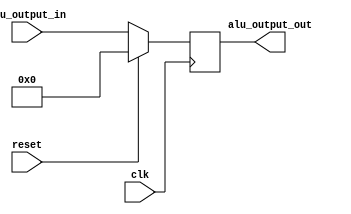
`timescale 1ns / 1ps
//////////////////////////////////////////////////////////////////////////////////
// Company: 
// Engineer: 
// 
// Design Name: 
// Module Name:    ceyloniac_alu_output 
// Project Name: 
// Target Devices: 
// Tool versions: 
// Description: 
//
// Dependencies: 
//
// Revision: 
// Revision 0.01 - File Created
// Additional Comments: 
//
//////////////////////////////////////////////////////////////////////////////////
module ceyloniac_alu_output
#(parameter ALU_DATA_WIDTH=32)
(
clk,
reset,
alu_output_in,
alu_output_out
);
	 
	 input clk;
	 input reset;
	 input [ALU_DATA_WIDTH-1:0]alu_output_in;
	 output reg [ALU_DATA_WIDTH-1:0]alu_output_out;
 always@(posedge clk)begin
 
	 if(!reset)begin
	 alu_output_out<=alu_output_in;
	 end
	 else begin
	 alu_output_out<=0;
	 end
	 
 end


endmodule